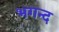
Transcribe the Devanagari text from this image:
भगन्द